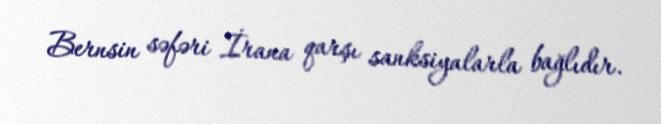
Bernsin səfəri İrana qarşı sanksiyalarla bağlıdır.